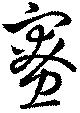
寮